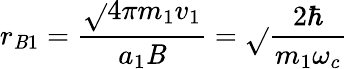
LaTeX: r_{\mathit{B}1}={\frac{{{\sqrt{}{{4\pi}}}m_{1}v_{1}}}{{a_{1}\mathit{B}}}}={\sqrt{}{{\frac{{2\hbar}}{{m_{1}\omega_{c}}}}}}